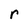
Character: r